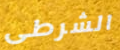
الشرطى